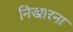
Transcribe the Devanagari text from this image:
निखारना